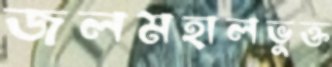
জলমহালভুক্ত